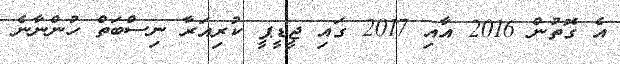
އެ ގޮތުން 2016 އާއި 2017 ގައި ޖީޑީޕީ ކުރިއަރާ ނިސްބަތް ހުންނާނެ